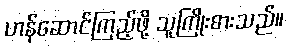
ဟန်ဆောင်ကြည့်ဖို့ သူကြိုးစားသည်။